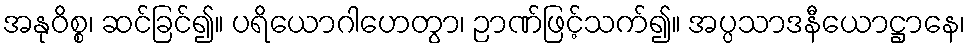
အနုဝိစ္စ၊ ဆင်ခြင်၍။ ပရိယောဂါဟေတွာ၊ ဉာဏ်ဖြင့်သက်၍။ အပ္ပသာဒနီယောဋ္ဌာနေ၊